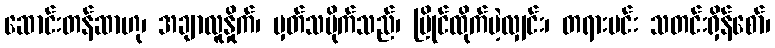
ဆောင်းတန်ဆာဟု၊ အချာလူနှိုက်၊ မှတ်သမိုက်သည်၊ ပြိုင်ထိုက်မဲ့လျှင်း၊ တရားမင်း သတင်းရှိန်စော်၊